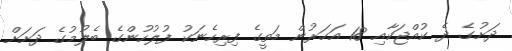
ދަށުގެ ދެ ކުއްޖަކާއި 18 އަހަރުން މަތީގެ ފިރިހެނަކު ފުލުހުންގެ ބެލުމުގެ ދަށަށް